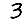
Digit: 3